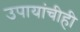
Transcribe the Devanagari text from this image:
उपायांचीही